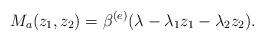
LaTeX: \begin{align*}M_a(z_1,z_2)=\beta^{(e)}(\lambda-\lambda_1 z_1 -\lambda_2 z_2).\end{align*}